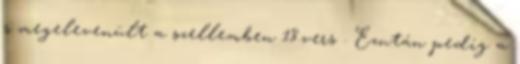
s megelevenült a szellemben 18.vers . Ezután pedig a